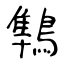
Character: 鶽